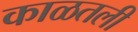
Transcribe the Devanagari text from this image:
काळतली